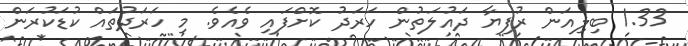
1.33 ބިލިއަން ރުފިޔާ ދައުލަތުން ހަރަދު ކޮށްފައި ވެއެވެ. މި ހަރަދުތައް ކުޑަކުރަން